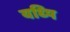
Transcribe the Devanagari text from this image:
यध्पि